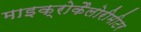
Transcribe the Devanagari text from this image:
माइक्रोकैलोरीमीटर